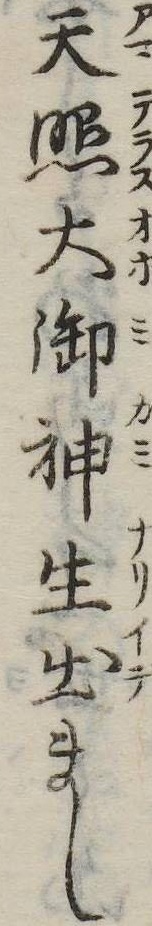
天照大御神生出まし